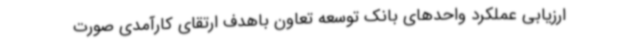
ارزیابی عملکرد واحدهای بانک توسعه تعاون باهدف ارتقای کارآمدی صورت